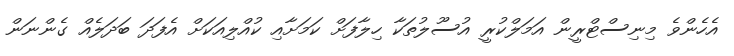
އެހެންވެ މިނިސްޓްރީން އަމަލްކުރީ އުސޫލުތަކާ ހިލާފަށް ކަމަށާއި ކުއްލިއަކަށް އެފަދަ ބަދަލެއް ގެންނަން